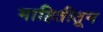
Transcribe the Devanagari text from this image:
माहितीतून